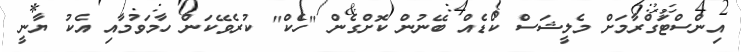
އިންސްޓަގްރާމަށް މެލީޝަސް ކޯޑެއް ބޭނުން ކޮށްގެން "ހެކް" ކުރެވޭކަން ހާމަވުމާއި އެކު ޔާނީ